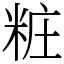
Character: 粧